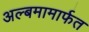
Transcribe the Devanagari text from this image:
अल्बमामार्फत